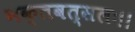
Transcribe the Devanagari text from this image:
भक्तवत्सलः।।